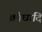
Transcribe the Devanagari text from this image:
क्रोधादि